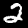
Label: 2